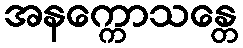
အနက္ကောသန္တေ